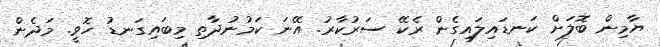
ޔާމިން ބޮލަށް ކަނޑައިލައިގެން ރެކޭ ސަރުކާރު. އޭނަ ކަމުނުދާތި މިބައިގަނޑު ހޮވީ. މަދެން